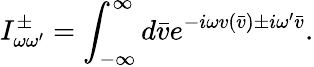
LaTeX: I_{\omega\omega^{\prime}}^{\pm}=\int_{-\infty}^{\infty}d\bar{v}e^{-i\omega v(\bar{v})\pm i\omega^{\prime}\bar{v}}.